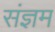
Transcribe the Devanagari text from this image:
संज्ञम